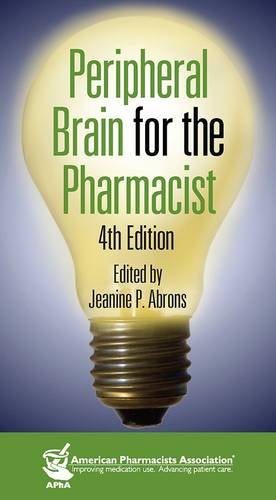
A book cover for Peripheral Brain for the Pharmacist; Jeanine P. Abrons; Medical Books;